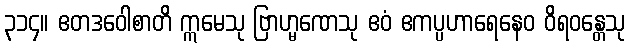
၃၁၄။ ဧတဒဝေါစာတိ ဣမေသု ဗြာဟ္မဏေသု ဧဝံ ဧကပ္ပဟာရေနေဝ ဝိရဝန္တေသု